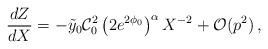
LaTeX: \begin{align*}\frac{dZ}{dX}=- \tilde y_0 \mathcal{C}_0^2 \left( 2e^{2\phi_0} \right)^{\alpha}X^{-2} +\mathcal{O}(p^2) \,,\end{align*}